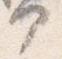
部